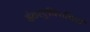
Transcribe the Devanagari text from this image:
इंटरएक्टिविटी